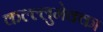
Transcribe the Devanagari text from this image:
कल्ल्लुमेक्का